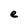
Character: e